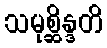
သမုစ္ဆိန္ဒတိ